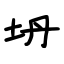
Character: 坍